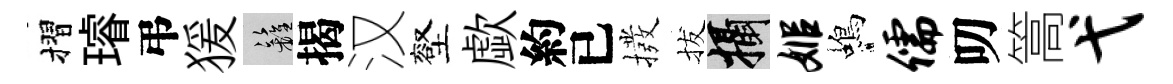
摺璿弔猨籬揭汉壑歔約已撥拔攝姬蝎儒叨篙弋